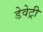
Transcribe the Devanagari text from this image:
डेवेट्री